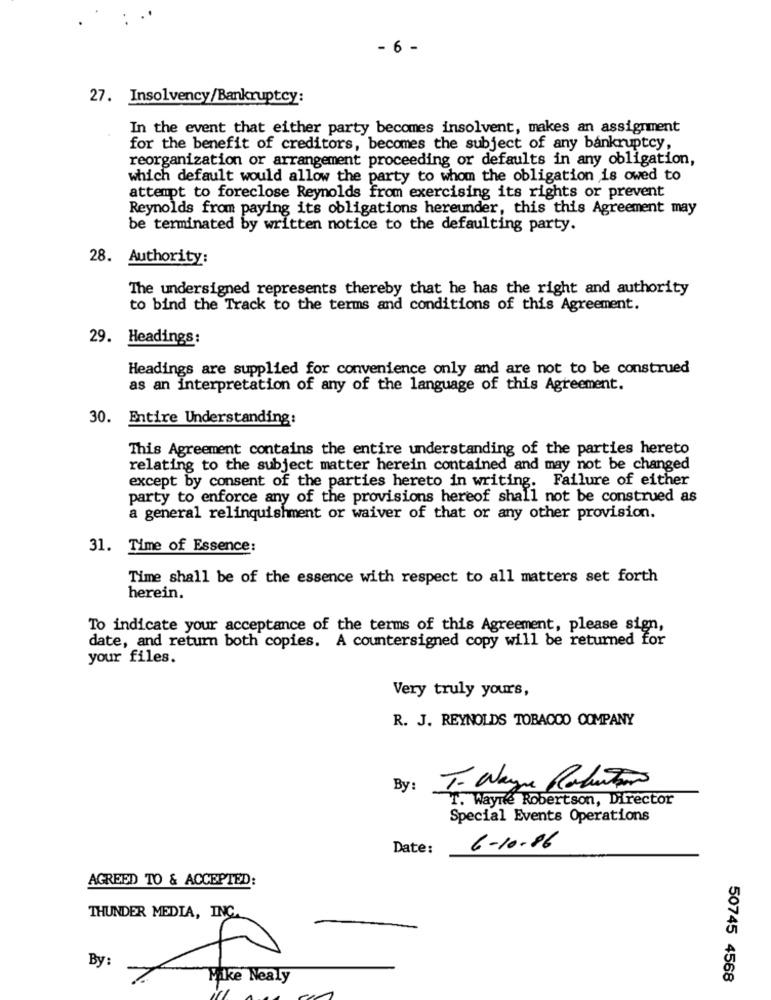
- 6 -
27. Insolvency/Bankruptcy:
In the event that either party becomes insolvent, makes an assignment
for the benefit of creditors, becomes the subject of any bankruptcy,
reorganization or arrangement proceeding or defaults in any obligation,
which default would allow the party to whom the obligation is owed to
attempt to foreclose Reynolds from exercising its rights or prevent
Reynolds from paying its obligations hereunder, this this Agreement may
be terminated by written notice to the defaulting party.
28. Authority:
The undersigned represents thereby that he has the right and authority
to bind the Track to the terms and conditions of this Agreement.
29. Headings:
Headings are supplied for convenience only and are not to be construed
as an interpretation of any of the language of this Agreement.
30. Entire Understanding:
This Agreement contains the entire understanding of the parties hereto
relating to the subject matter herein contained and may not be changed
except by consent of the parties hereto in writing. Failure of either
party to enforce any of the provisions hereof shall not be construed as
a general relinquishment or waiver of that or any other provision.
31. Time of Essence:
Time shall be of the essence with respect to all matters set forth
herein.
To indicate your acceptance of the terms of this Agreement, please sign,
date, and return both copies. A countersigned copy will be returned for
your files.
Very truly yours,
R. J. REYNOLDS TOBACCO COMPANY
By:
T- Wayne Rotator
T. Wayne Robertson, Director
Special Events Operations
Date:
6-10-86
AGREED TO & ACCEPTED:
THUNDER MEDIA, INC.
By :
Fake Nealy
50745 4568